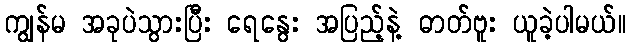
ကျွန်မ အခုပဲသွားပြီး ရေနွေး အပြည့်နဲ့ ဓာတ်ဗူး ယူခဲ့ပါမယ်။